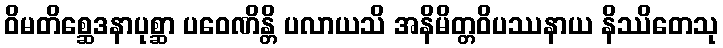
ဝိမတိစ္ဆေဒနာပုစ္ဆာ ပဝေဏိန္တိ ပလာယသိ အနိမိတ္တဝိပဿနာယ နိဿိတေသု